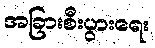
အခြားစီးပွားရေး